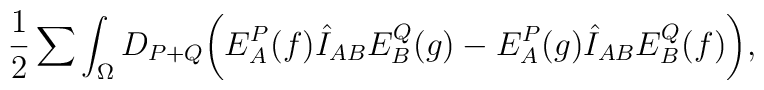
{1 \over 2}\sum\int_{\Omega} D_{P+Q}\biggl( E^P_A(f)\hat I_{AB}E^Q_B(g) -E^P_A(g)\hat I_{AB}E^Q_B(f) \biggr) ,